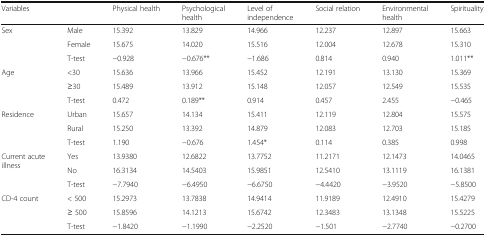
<table><thead><tr><td colspan="2"><b>Variables</b></td><td><b>Physical health</b></td><td><b>Psychological health</b></td><td><b>Level of independence</b></td><td><b>Social relation</b></td><td><b>Environmental health</b></td><td><b>Spirituality</b></td></tr></thead><tbody><tr><td rowspan="3">Sex</td><td>Male</td><td>15.392</td><td>13.829</td><td>14.966</td><td>12.237</td><td>12.897</td><td>15.663</td></tr><tr><td>Female</td><td>15.675</td><td>14.020</td><td>15.516</td><td>12.004</td><td>12.678</td><td>15.310</td></tr><tr><td>T-test</td><td>−0.928</td><td>−0.676**</td><td>−1.686</td><td>0.814</td><td>0.940</td><td>1.011**</td></tr><tr><td rowspan="3">Age</td><td>&lt;30</td><td>15.636</td><td>13.966</td><td>15.452</td><td>12.191</td><td>13.130</td><td>15.369</td></tr><tr><td>≥30</td><td>15.489</td><td>13.912</td><td>15.148</td><td>12.057</td><td>12.549</td><td>15.535</td></tr><tr><td>T-test</td><td>0.472</td><td>0.189**</td><td>0.914</td><td>0.457</td><td>2.455</td><td>−0.465</td></tr><tr><td rowspan="3">Residence</td><td>Urban</td><td>15.657</td><td>14.134</td><td>15.411</td><td>12.119</td><td>12.804</td><td>15.575</td></tr><tr><td>Rural</td><td>15.250</td><td>13.392</td><td>14.879</td><td>12.083</td><td>12.703</td><td>15.185</td></tr><tr><td>T-test</td><td>1.190</td><td>−0.676</td><td>1.454*</td><td>0.114</td><td>0.385</td><td>0.998</td></tr><tr><td rowspan="3">Current acute illness</td><td>Yes</td><td>13.9380</td><td>12.6822</td><td>13.7752</td><td>11.2171</td><td>12.1473</td><td>14.0465</td></tr><tr><td>No</td><td>16.3134</td><td>14.5403</td><td>15.9851</td><td>12.5410</td><td>13.1119</td><td>16.1381</td></tr><tr><td>T-test</td><td>−7.7940</td><td>−6.4950</td><td>−6.6750</td><td>−4.4420</td><td>−3.9520</td><td>−5.8500</td></tr><tr><td rowspan="3">CD-4 count</td><td>&lt; 500</td><td>15.2973</td><td>13.7838</td><td>14.9414</td><td>11.9189</td><td>12.4910</td><td>15.4279</td></tr><tr><td>≥ 500</td><td>15.8596</td><td>14.1213</td><td>15.6742</td><td>12.3483</td><td>13.1348</td><td>15.5225</td></tr><tr><td>T-test</td><td>−1.8420</td><td>−1.1990</td><td>−2.2520</td><td>−1.501</td><td>−2.7740</td><td>−0.2700</td></tr></tbody></table>